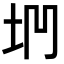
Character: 𡊐